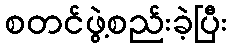
စတင်ဖွဲ့စည်းခဲ့ပြီး